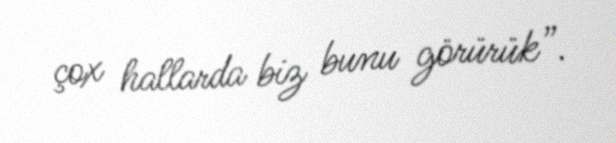
çox hallarda biz bunu görürük”.